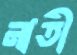
নাতী